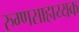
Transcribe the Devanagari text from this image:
रुग्णसाहाय्यक